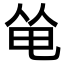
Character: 𠉒